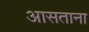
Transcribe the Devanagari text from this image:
आसताना